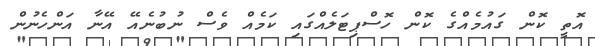
އޮތީ ކޮން ގައުމެއްގެ ކޮން ހޮސްޕިޓަލެއްގައި ކަމެއް ވެސް ނުބުނެއޭ އޭނާ އަންހެނުން